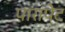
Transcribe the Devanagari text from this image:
पारापेट